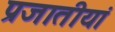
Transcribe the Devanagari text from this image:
प्रजातीयां